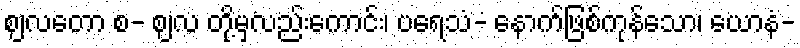
ဈလတော စ- ဈလ တို့မှလည်းကောင်း၊ ပရေသံ- နောက်ဖြစ်ကုန်သော၊ ယောနံ-